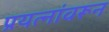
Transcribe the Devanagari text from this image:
प्रयत्‍नांवरून